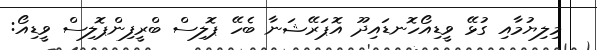
މިލިޔުމާއި ގުޅޭ ވީޑިއޯހޮނޑައިދޫ އޮޕަރޭޝަނާ ބެހޭ ޕޮލިސް ބްރީފިންޕޮލިސް ވީޑިއޯ: